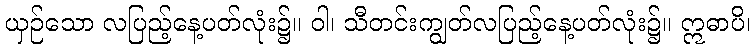
ယှဉ်သော လပြည့်နေ့ပတ်လုံး၌။ ဝါ၊ သီတင်းကျွတ်လပြည့်နေ့ပတ်လုံး၌။ ဣဓာပိ၊